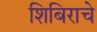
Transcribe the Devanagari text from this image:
शिबिराचे